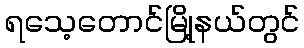
ရသေ့တောင်မြို့နယ်တွင်